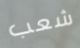
شعب